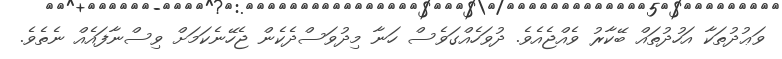
ވަޢުދުތަކާ އަހުދުތައް ބޭކާރު ވެއްޖެއެވެ. ދުވަހެއްގަވެސް ހަނާ މިދުވަސްދެކެން ޖެހޭނެކަމަށް ވިސްނާފައެއް ނެތެވެ.